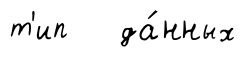
т'ип да́нных